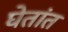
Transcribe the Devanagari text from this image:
घेतांत